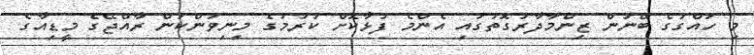
މި ހައްގުގެ ބޭނުން ޒިންމާދާރުގޮތުގައި އެންމެ ފުޅާކޮށް ކުރުމުގެ މިނިވަންކަން ރާއްޖޭގެ މީޑިއާގެ